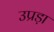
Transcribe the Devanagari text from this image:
उप्रड़ा